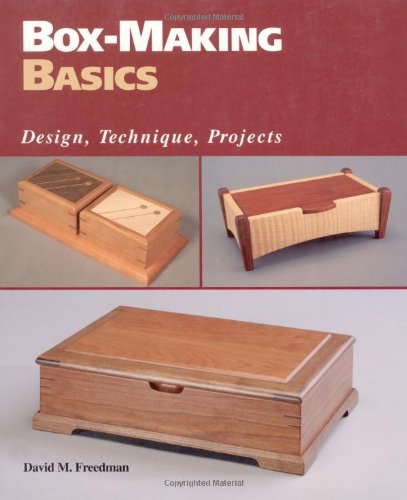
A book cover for Box-Making Basics: Design, Technique, Projects; David M. Freedman; Crafts, Hobbies & Home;